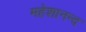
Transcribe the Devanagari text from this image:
महेशानन्द